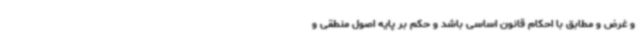
و غرض و مطابق با احکام قانون اساسی باشد و حکم بر پایه اصول منطقی و